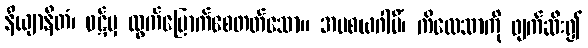
နိယျာနိတံ၊ ဝဋ်မှ ထွက်မြောက်စေတတ်သော။ အပစယဂါမိံ၊ ကိလေသာကို ဖျက်ဆီး၍